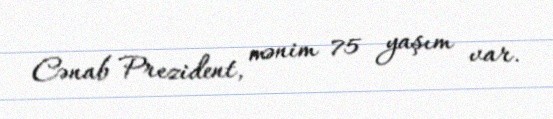
Cənab Prezident, mənim 75 yaşım var.